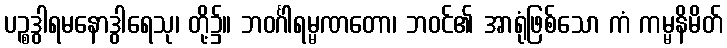
ပဉ္စဒွါရမနောဒွါရေသု၊ တို့၌။ ဘဝင်္ဂါရမ္မဏတော၊ ဘဝင်၏ အာရုံဖြစ်သော ကံ ကမ္မနိမိတ်